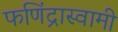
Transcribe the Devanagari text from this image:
फणिंद्रास्वामी